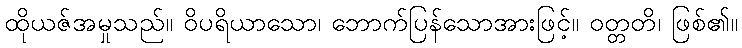
ထိုယဇ်အမှုသည်။ ဝိပရိယာသော၊ ဘောက်ပြန်သောအားဖြင့်။ ဝတ္တတိ၊ ဖြစ်၏။